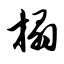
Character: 榻